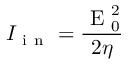
I _ { \mathrm { ~ i ~ n ~ } } = \frac { \mathrm { ~ E ~ } _ { 0 } ^ { 2 } } { 2 \eta }